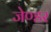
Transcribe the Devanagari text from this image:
जेण्डर